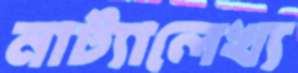
নাট্যালেখ্য